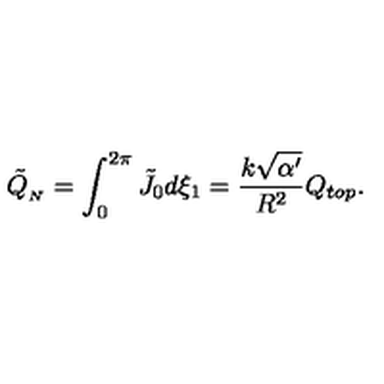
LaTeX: \tilde { Q } _ { _ { N } } = \int _ { 0 } ^ { 2 \pi } \tilde { J } _ { 0 } d \xi _ { 1 } = \frac { k \sqrt { \alpha ^ { \prime } } } { R ^ { 2 } } Q _ { t o p } .